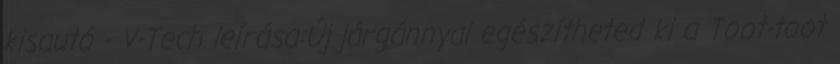
kisautó - V-Tech leírása:Új járgánnyal egészítheted ki a Toot-toot